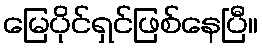
မြေပိုင်ရှင်ဖြစ်နေပြီ။